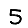
Digit: 5